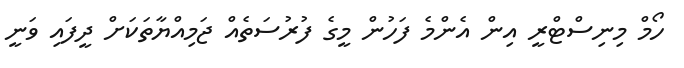
ހޯމް މިނިސްޓްރީ އިން އެންމެ ފަހުން މީގެ ފުރުސަތެއް ޖަމިއްޔާތަކަށް ދީފައި ވަނީ